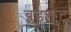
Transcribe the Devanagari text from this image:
ब्लडरूट